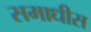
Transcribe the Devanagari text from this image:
समाधीस